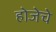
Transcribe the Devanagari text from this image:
होजेचे